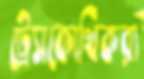
ট্রেসকোথিকরা